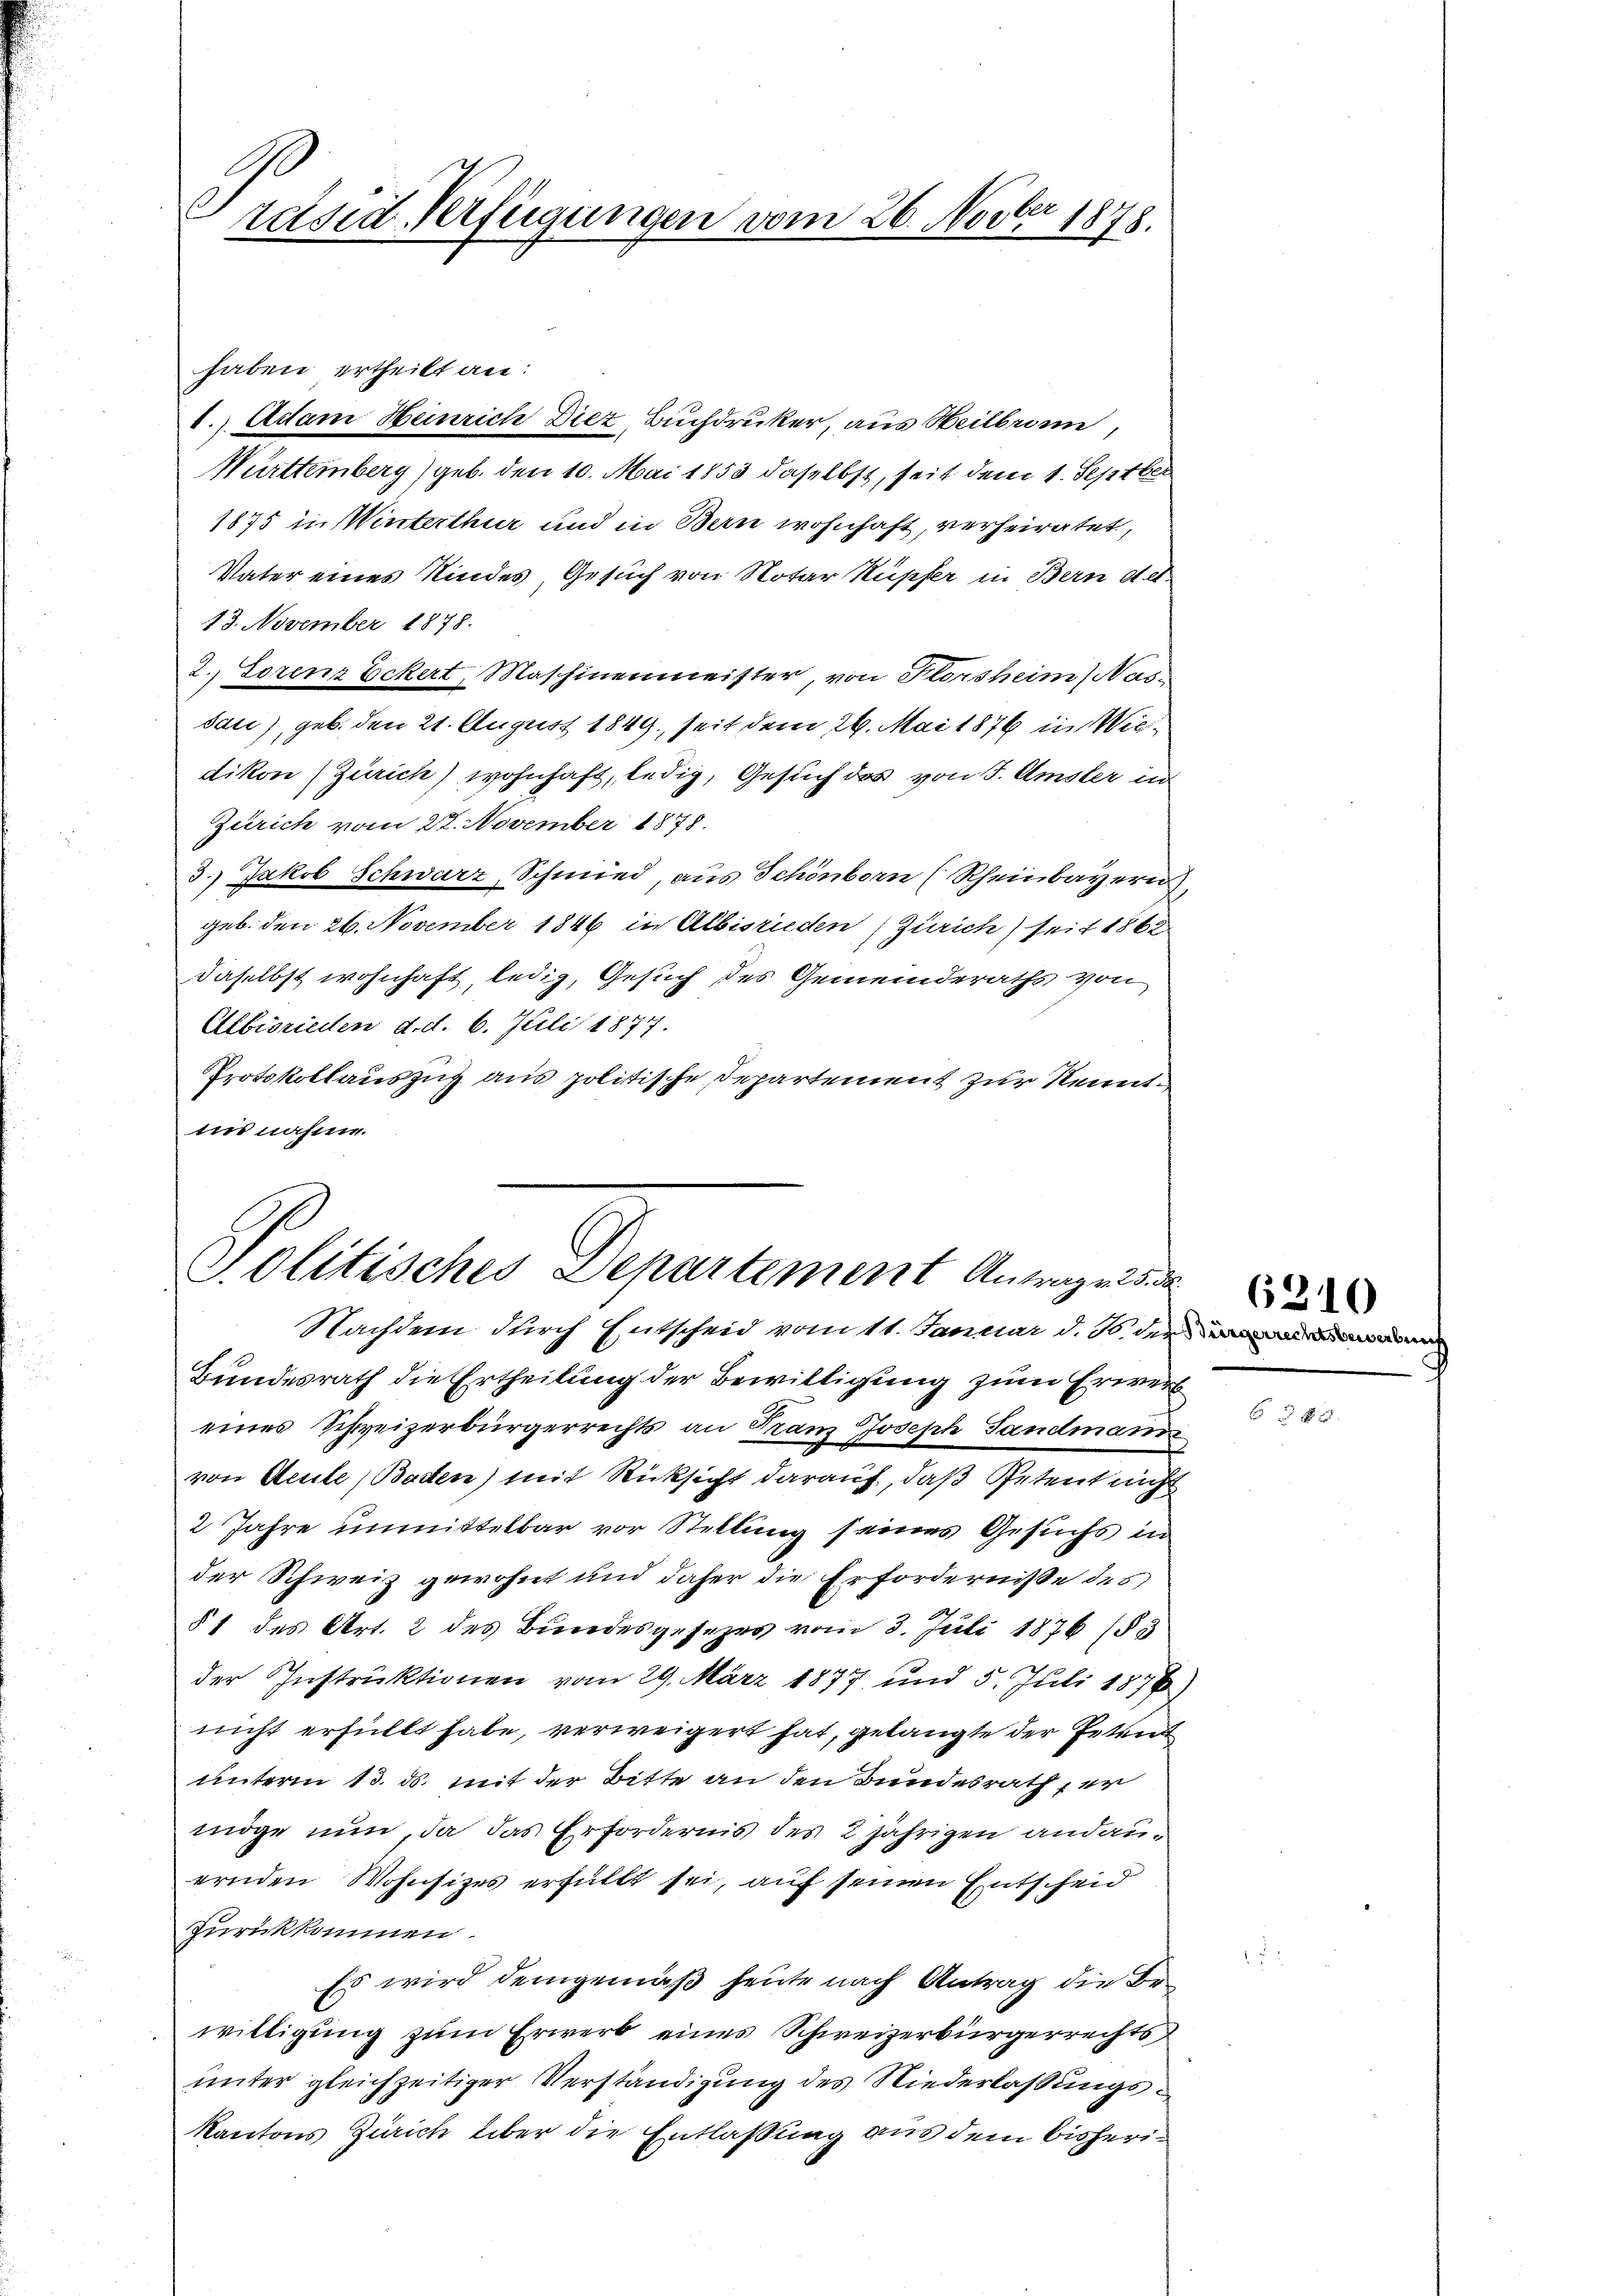
C
räsid-Verfügungen vom 26. Novber 1878.

1.) Actam Heinrich Diez, Buchdrucker, aus Heilbrunn,
Mürttemberg (geb. den 10. Mai 1853 daselbst, seit dem 1. Septber
1875 in Winterthur und in Bern wohnhaft, verheiratet,
Vater eines Kindes, Gesuch von Notar Kupfer in Bern Act
13. November 1878.
2. Lorenz Eckert, Maschinenmeister, von Florsheim (Nass
sau), geb. den 21. August 1849, seit dem 26. Mai 1876 in Wiedikon (Zürich) wohnhaft, ledig, Gesuch des von 5. Amsler in
Zürich vom 22. November 1878.
3.) Jakob Schwarz, Schmied, aus Schönborn (Rheinbayern
geb. den 26. November 1846 in Albisrieden (Zürich) seit 1860
daselbst wohnhaft, ledig, Gesuch des Gemeinderaths von
Albisrieden d. d. 6. Juli 1877.
Protokollauszug aus politische Departement zur Kenntiis nahme.

haben ertheilt an:

Politisches Departement Antragen de
Nachdem durch Entscheid vom 11. Januar d. Js. der

Bundesrath die Ertheilung der Bewilligung zum Erwerb
eines Schweizerbürgerrechts an Franz Joseph Landmann
von Aeule (Batten) mit Rücksicht darauf, daß Petent nicht
2 Jahre unmittelbar vor Stellung seines Gesuchs in
der Schweiz gewohnt und daher die Erforderniße des
§ 1 des Art. 2 des Bundesgesezes vom 3. Juli 1876 (§ 3
der Instruktionen vom 29. März 1877 und 5. Juli 1876.)
nicht erfüllt habe, verweigert hat, gelangte der Petend
unterm 13. ds. mit der Bitte an den Bundesrath er
möge nun, da das Erfordernis des 2 jährigen andauernden Wohnsitzes erfüllt sei, auf seinen Entscheid
zurückkommen.
Es wird demgemäß heute nach Antrag die Bewilligung zum Erwerb eines Schweizerbürgerrechts
unter gleichzeitiger Verständigung des Niederlassungs¬
Kantons Zürich über die Entlaßung aus dem bisheri¬

H

6210

8 x